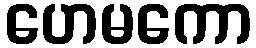
ဟေမကော